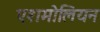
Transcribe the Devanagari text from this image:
एशमोलियन